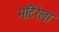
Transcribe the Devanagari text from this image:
माँटेरेला